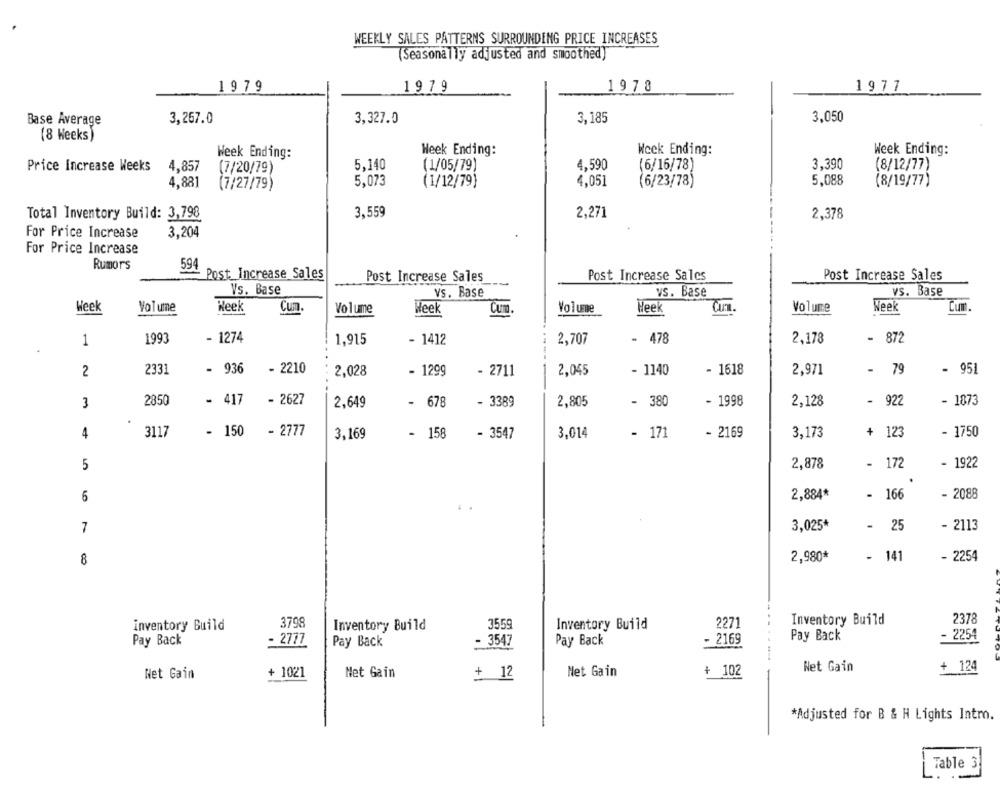
WEEKLY SALES PATTERNS SURROUNDING PRICE INCREASES
(Seasonally adjusted and smoothed)
1979
1979
1978
1977
3,267.0
3.327.0
3,185
3,050
Base Average
(8 Weeks)
Week Ending:
Week Ending:
Week Ending:
Week Ending:
Price Increase Weeks
5,140
4,590
(6/16/78)
3,390
4,857
(7/20/79)
(1/05/79)
(8/12/77)
5,073
4,051
(6/23/78)
5,088
4,881
(7/27/79)
(1/12/79)
(8/19/77)
3,559
2,271
Total Inventory Build: 3,798
2,378
For Price Increase
3,204
For Price Increase
Rumors
594
Post_Increase Sales
Post Increase Sales
Post Increase Sales
Post Increase Sales
Vs. Base
vs. Base
vs. Base
vs. Base
Heek
Volume
Week
Cum.
Volume
Heek
Cum
Volume
Week
Cum.
Volume
Week
Cum.
199
- 1274
1,915
- 1412
2,707
- 478
2,178
- 872
1
2
233
- 936
- 2210
2,028
- 1299
- 2711
2,045
- 1140
- 1618
2,971
- 79
951
2850
- 417
- 2627
2,649
- 678
- 3389
2,805
- 380
- 1998
2,128
- 922
- 1873
3
4
3117
- 150
- 2777
3,169
- 158
- 3547
3,014
- 171
- 2169
3,173
+ 123
- 1750
5
2,878
- 172
- 1922
6
2,884*
- 166
- 2088
7
3,025*
- 25
- 2113
8
2,980*
- 141
- 2254
3798
Inventory Build
3559
Inventory Build
2271
Inventory Build
2378
inventory Build
Pay Back
- 2777
Pay Back
- 3
Pay Back
- 2169
Pay Back
- 2254
+ 1021
+ 12
Net Gain
+ 124
Net Gain
Net Gain
Net Gain
+ 102
*Adjusted for B & H Lights Intm.
Table 3